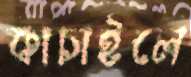
কাচাইলে